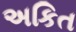
અકિત